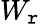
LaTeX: W_{\mathtt{r}}